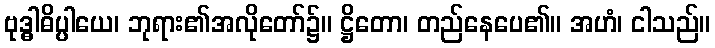
ဗုဒ္ဓါဓိပ္ပါယေ၊ ဘုရား၏အလိုတော်၌။ ဋ္ဌိတော၊ တည်နေပေ၏။ အဟံ၊ ငါသည်။